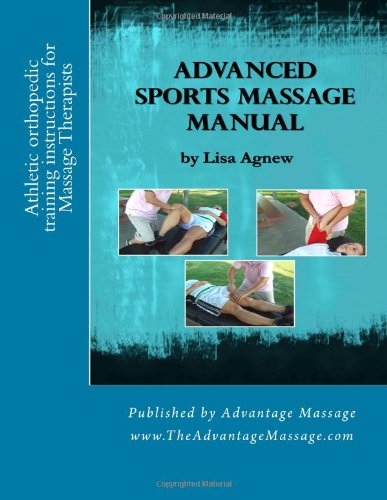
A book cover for Advanced Sports Massage Manual; Lisa Agnew; Education & Teaching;